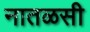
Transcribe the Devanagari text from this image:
नातळसी